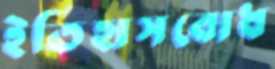
ইতিহাসবোধ